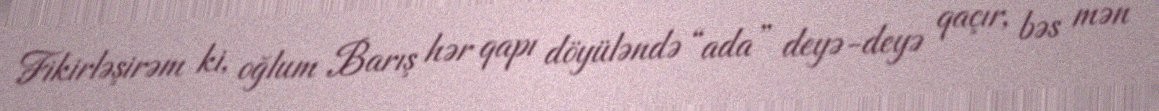
Fikirləşirəm ki, oğlum Barış hər qapı döyüləndə “ada” deyə-deyə qaçır, bəs mən